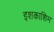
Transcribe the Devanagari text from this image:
इशकाशिम